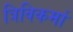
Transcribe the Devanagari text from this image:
त्रिविकर्मा